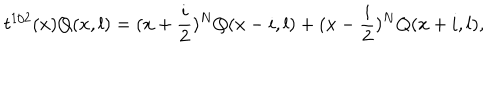
t ^ { 1 / 2 } ( x ) Q ( x , l ) = ( x + \frac { i } { 2 } ) ^ { N } Q ( x - i , l ) + ( x - \frac { i } { 2 } ) ^ { N } Q ( x + i , l ) ,